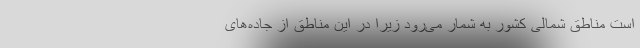
است مناطق شمالی کشور به شمار می‌رود زیرا در این مناطق از جاده‌های